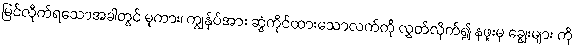
မြင်လိုက်ရသောအခါတွင် မူကား၊ ကျွန်ုပ်အား ဆွဲကိုင်ထားသောလက်ကို လွှတ်လိုက်၍ နဖူးမှ ချွေးများ ကို